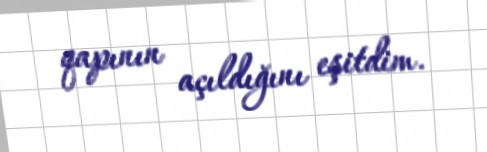
qapının açıldığını eşitdim.